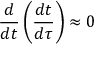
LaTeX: { \frac { d } { d t } } \left( { \frac { d t } { d \tau } } \right) \approx 0